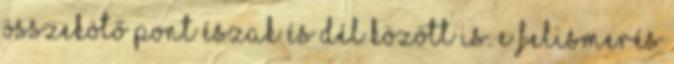
összekötő pont Észak és Dél között is. E felismerés